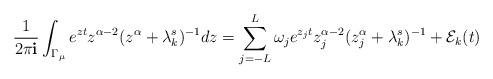
LaTeX: \begin{align*}\frac{1}{2\pi\mathbf{i}}\int_{\Gamma_{\mu}}e^{zt}z^{\alpha-2}(z^{\alpha}+\lambda_{k}^{s})^{-1}dz=\sum_{j=-L}^{L}\omega_{j}e^{z_{j}t}z_{j}^{\alpha-2}(z_{j}^{\alpha}+\lambda_{k}^{s})^{-1}+\mathcal{E}_{k}(t)\end{align*}